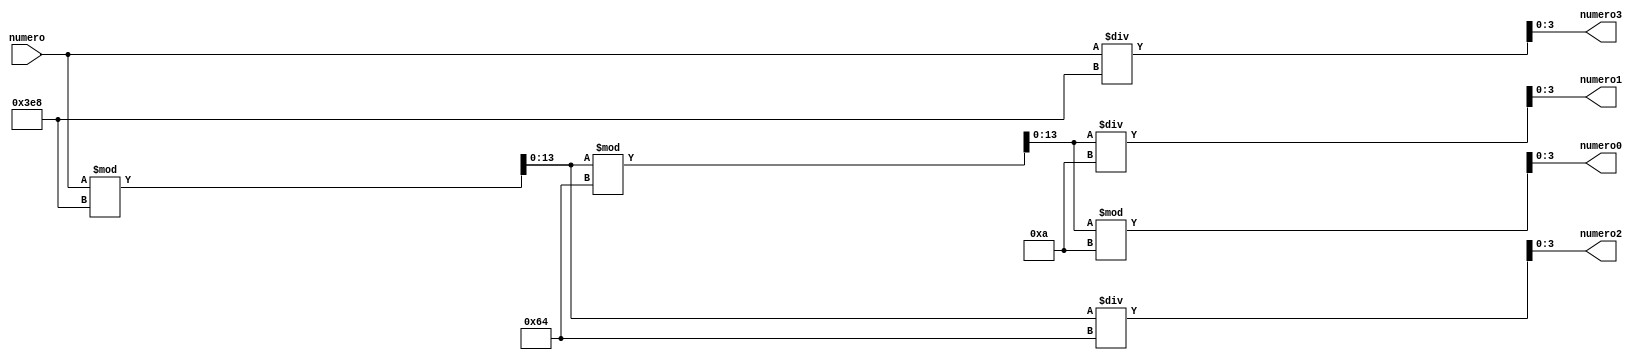
module separa( numero , numero0 , numero1 , numero2 , numero3); //para decompor o nmero em 4 dgitos
    input [13:0]numero;      
    output reg [3:0]numero0;
    output reg [3:0]numero1;
    output reg [3:0]numero2;
    output reg [3:0]numero3;
    reg [13:0]aux;
    always@(numero)begin
        numero3 = numero/1000;
        aux = numero%1000;
        numero2 = aux/100;
        aux = aux%100;
        numero1 = aux/10;
        aux= aux%10;
        numero0 = aux;
    end
    //divide o nmero 
endmodule